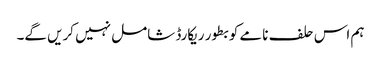
ہم اس حلف نامے کو بطور ریکارڈ شامل نہیں کریں گے۔